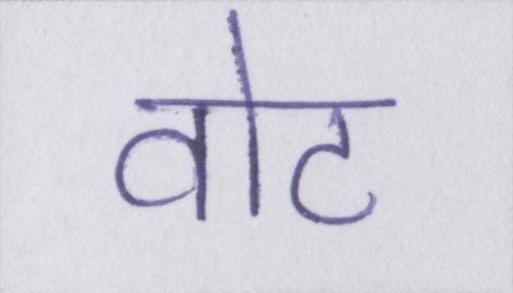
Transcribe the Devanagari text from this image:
वोट